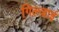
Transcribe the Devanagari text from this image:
गिल्ज़ाई